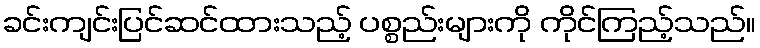
ခင်းကျင်းပြင်ဆင်ထားသည့် ပစ္စည်းများကို ကိုင်ကြည့်သည်။